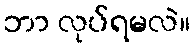
ဘာ လုပ်ရမလဲ။